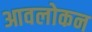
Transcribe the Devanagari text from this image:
आवलोकन